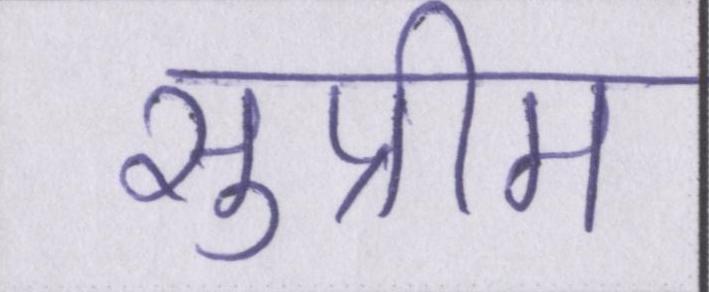
सुप्रीम